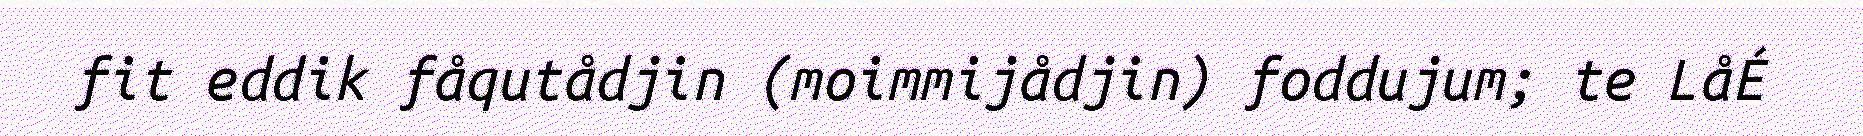
fit eddik fåqutådjin (moimmijådjin) foddujum; te LåÉ